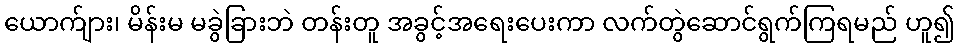
ယောက်ျား၊ မိန်းမ မခွဲခြားဘဲ တန်းတူ အခွင့်အရေးပေးကာ လက်တွဲဆောင်ရွက်ကြရမည် ဟူ၍